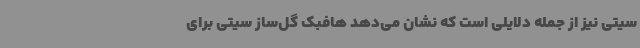
سیتی نیز از جمله دلایلی است که نشان می‌دهد هافبک گل‌ساز سیتی برای